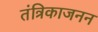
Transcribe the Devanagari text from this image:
तंत्रिकाजनन